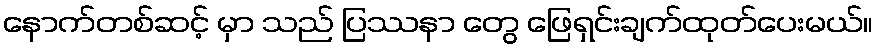
နောက်တစ်ဆင့် မှာ သည် ပြဿနာ တွေ ဖြေရှင်းချက်ထုတ်ပေးမယ်။